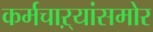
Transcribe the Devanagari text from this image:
कर्मचाऱ्यांसमोर